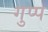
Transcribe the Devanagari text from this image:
गुप्प